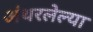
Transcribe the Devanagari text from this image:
अंथरलेल्या